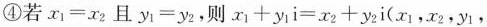
④若$$x _ { 1 } = x _ { 2 }$$且$$y _ { 1 } = y _ { 2 }$$，则$$x _ { 1 } + y _ { 1 } i = x _ { 2 } + y _ { 2 } i$$(x_{1}，x_{2}，y_{1}，